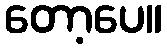
တော့ပေ။